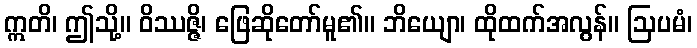
ဣတိ၊ ဤသို့။ ဝိဿဇ္ဇိ၊ ဖြေဆိုတော်မူ၏။ ဘိယျော၊ ထိုထက်အလွန်။ ဩပမံ၊